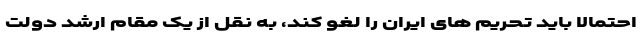
احتمالا باید تحریم های ایران را لغو کند، به نقل از یک مقام ارشد دولت